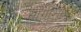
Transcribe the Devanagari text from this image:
सागाशाइट